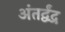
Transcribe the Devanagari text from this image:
अंतर्द्वंद्र